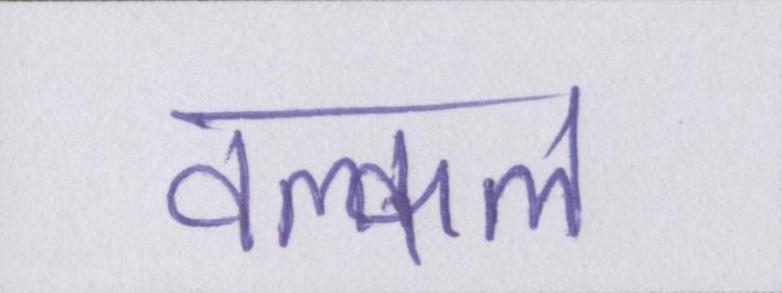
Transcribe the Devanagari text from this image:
वल्कल